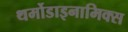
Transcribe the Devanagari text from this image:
थर्मोडाइनामिक्स